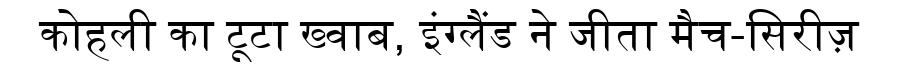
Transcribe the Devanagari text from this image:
कोहली का टूटा ख्वाब, इंग्लैंड ने जीता मैच-सिरीज़